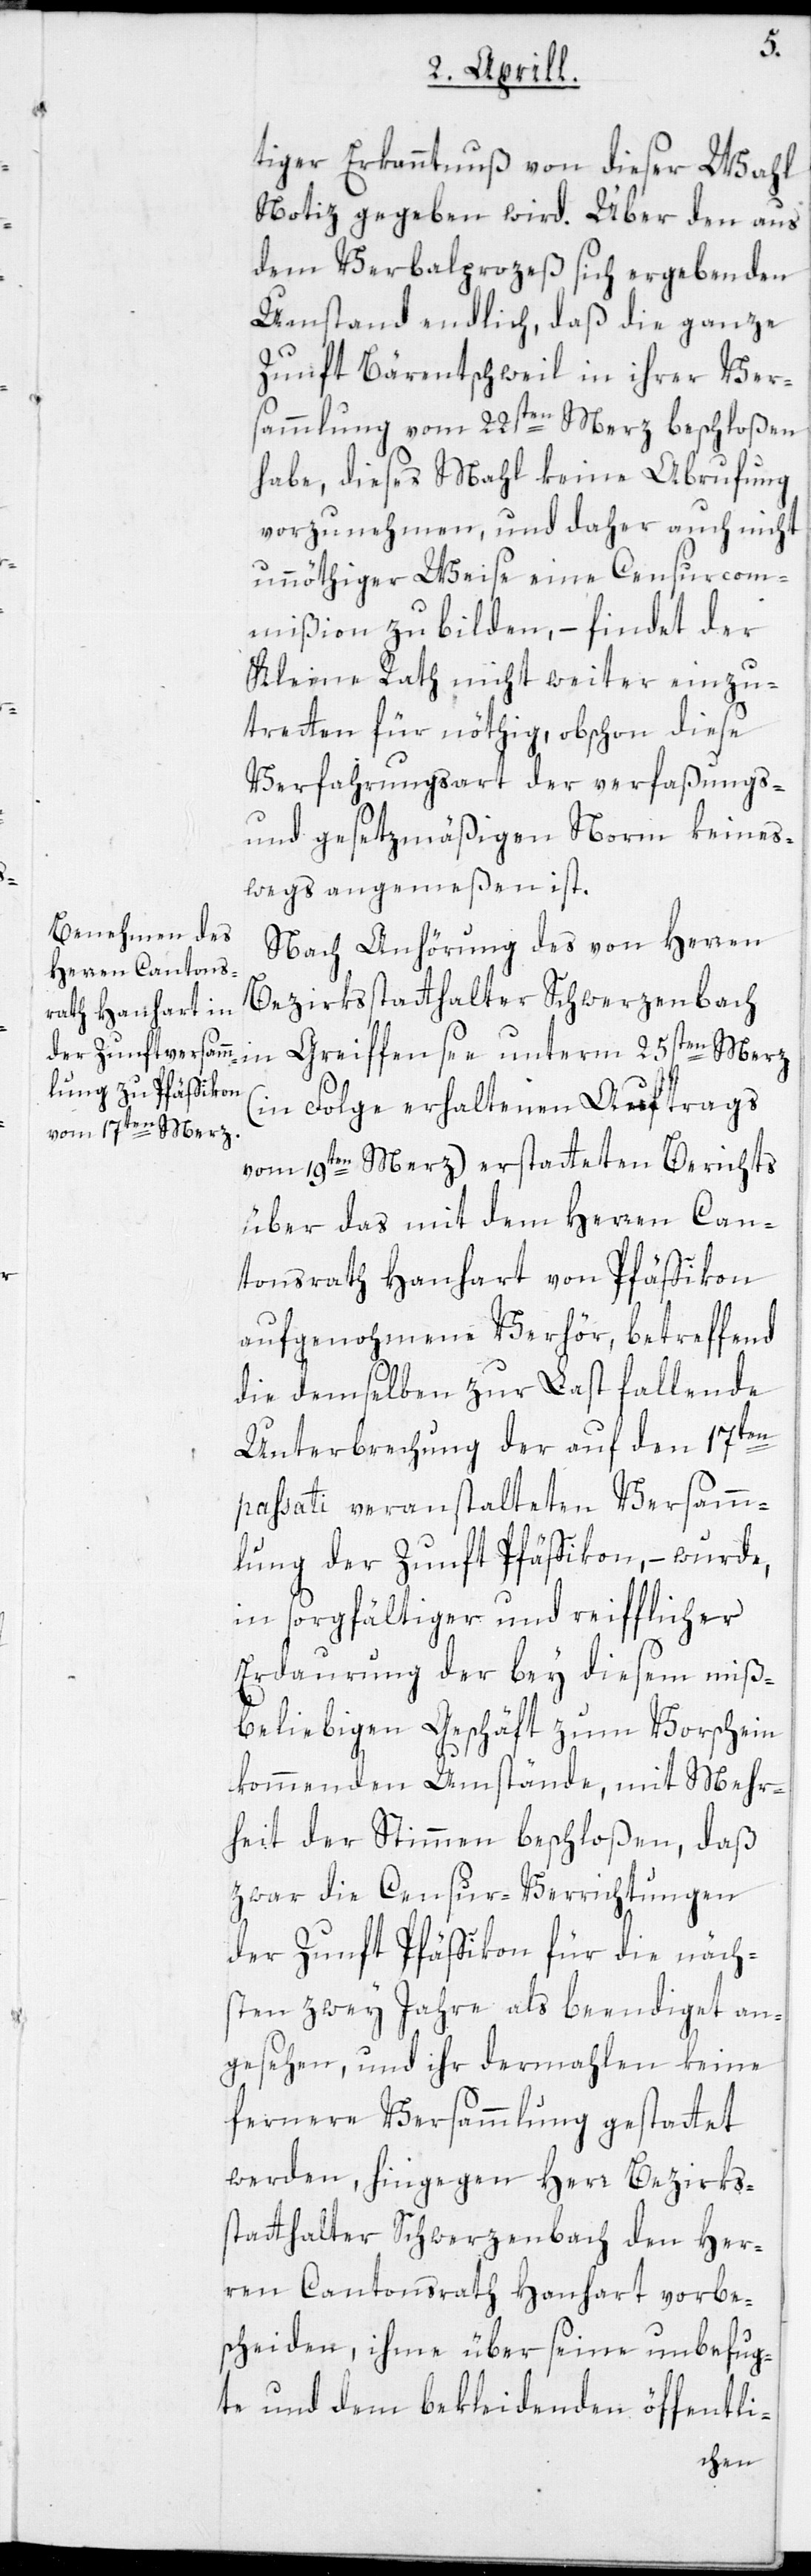
tiger Erkanntnuß von dieser Wahl
Notiz gegeben wird. Über den aus
dem Verbalprozeß sich ergebenden
Umstand endlich, daß die ganze
Zunft Bärentschweil in ihrer Ver¬
sammlung vom 22sten Merz beschloßen
habe, dieses Mahl keine Abrufung
vorzunehmen, und daher auch nicht
unnöthiger Weise eine Censurcom¬
mißion zu bilden, – findet der
Kleine Rath nicht weiter einzu¬
treten für nöthig, obschon diese
Verfahrungsart der verfaßungs-
und gesetzmäßigen Norm keines¬
wegs angemessen ist.
Nach Anhörung des von Herren
Bezirksstatthalter Schwerzenbach
(in Folge erhaltenen Auftrags
vom 19ten Merz) erstatteten Berichts
über das mit dem Herren Can¬
tonsrath Hanhart von Pfäffikon
aufgenohmene Verhör, betreffend
die demselben zur Last fallende
Unterbrechung der auf den 17ten
passati veranstalteten Versamm¬
lung der Zunft Pfäffikon, – wurde,
in sorgfältiger und reifflicher
Erdaurung der bey diesem miß¬
beliebigen Geschäft zum Vorschein
kommenden Umstände, mit Mehr¬
heit der Stimmen beschloßen, daß
zwar die Censur-Verrichtungen
der Zunft Pfäffikon für die näch¬
sten zwey Jahre als beendiget an¬
gesehen, und ihr dermahlen keine
fernere Versammlung gestattet
werden, hingegen Herr Bezirks¬
statthalter Schwerzenbach den Her¬
ren Cantonsrath Hanhart vorbe¬
scheiden, ihme über seine unbefug¬
te und dem bekleidenden öffentli-